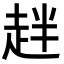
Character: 𧺾